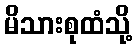
မိသားစုထံသို့